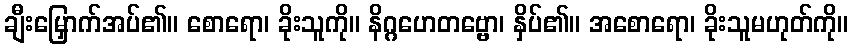
ချီးမြှောက်အပ်၏။ စောရော၊ ခိုးသူကို။ နိဂ္ဂဟေတဗ္ဗော၊ နှိပ်၏။ အစောရော၊ ခိုးသူမဟုတ်ကို။